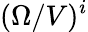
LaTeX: (\Omega/V)^{i}